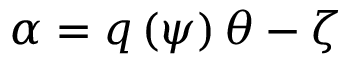
\alpha = q \left( \psi \right) \theta - \zeta